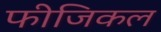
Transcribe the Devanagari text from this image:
फीजिकल